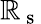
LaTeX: \mathbb{R}_{\mathrm{{~s~}}}